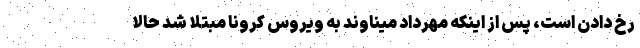
رخ دادن است، پس از اینکه مهرداد میناوند به ویروس کرونا مبتلا شد حالا